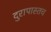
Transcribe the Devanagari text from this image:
दुरापास्तच